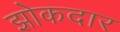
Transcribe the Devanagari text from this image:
झोकदार